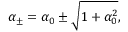
\alpha _ { \pm } = \alpha _ { 0 } \pm \sqrt { 1 + \alpha _ { 0 } ^ { 2 } } ,